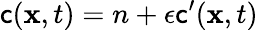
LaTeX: \mathsf{c}(\mathbf{{x}},t)=n+\epsilon\mathsf{c}^{\prime}(\mathbf{{x}},t)